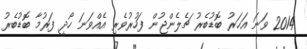
2014 ވަަނަ އަހަރު ބޮޑުބެރު ޗެލެންޖުން ފަހުރުވެރި އެއްވަނަ ހޯދީ ފަރުމާ ބޮޑުބެރު